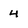
Character: 4